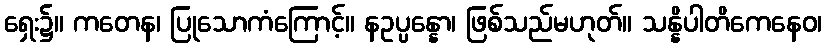
ရှေး၌။ ကတေန၊ ပြုသောကံကြောင့်။ နဥပ္ပန္နော၊ ဖြစ်သည်မဟုတ်။ သန္နိပါတိကေနေဝ၊